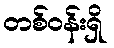
တစ်ဝန်းရှိ